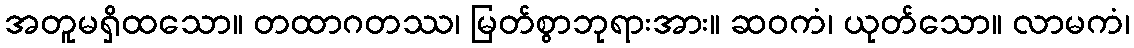
အတူမရှိထသော။ တထာဂတဿ၊ မြတ်စွာဘုရားအား။ ဆဝကံ၊ ယုတ်သော။ လာမကံ၊